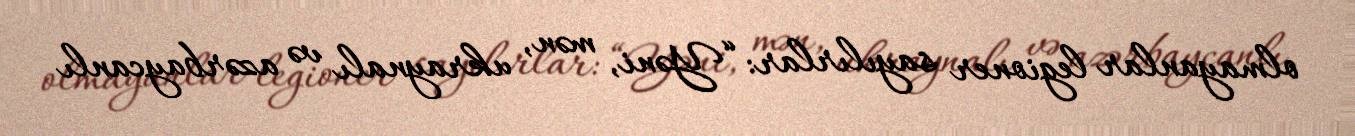
olmayanlar legioner sayılırlar: “Yəni, mən, ukraynalı və azərbaycanlı